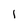
Character: i